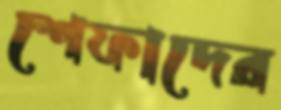
শেফাদের